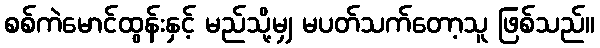
စစ်ကဲမောင်ထွန်းနှင့် မည်သို့မျှ မပတ်သက်တော့သူ ဖြစ်သည်။